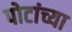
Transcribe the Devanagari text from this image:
पोटांच्या